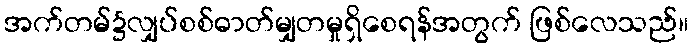
အက်တမ်၌လျှပ်စစ်ဓာတ်မျှတမှုရှိစေရန်အတွက် ဖြစ်လေသည်။